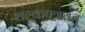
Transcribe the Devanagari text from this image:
शल्कपत्रवत्‌